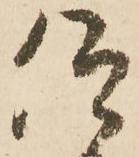
仰